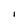
Character: I